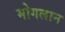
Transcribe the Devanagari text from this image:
मोगलान